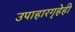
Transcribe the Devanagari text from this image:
उपाहारगृहेही